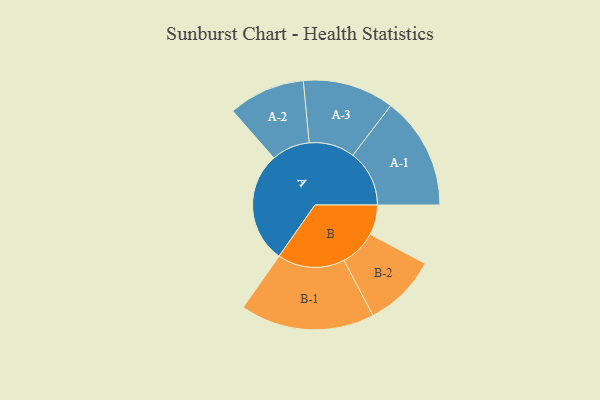
{"axis": {"x": "Segment", "y": "Value"}, "legend": ["", "A", "B"], "data": [{"x": "A", "y": 423, "type": ""}, {"x": "B", "y": 114, "type": ""}, {"x": "A-1", "y": 215, "type": "A"}, {"x": "A-2", "y": 146, "type": "A"}, {"x": "A-3", "y": 174, "type": "A"}, {"x": "B-1", "y": 256, "type": "B"}, {"x": "B-2", "y": 140, "type": "B"}]}